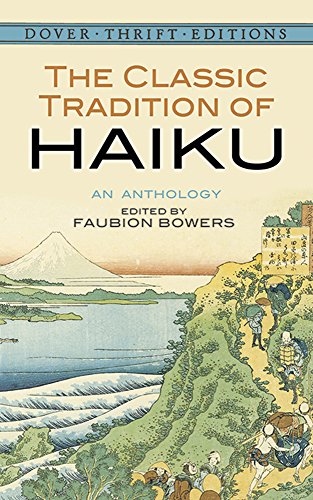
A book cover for The Classic Tradition of Haiku: An Anthology (Dover Thrift Editions); Literature & Fiction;